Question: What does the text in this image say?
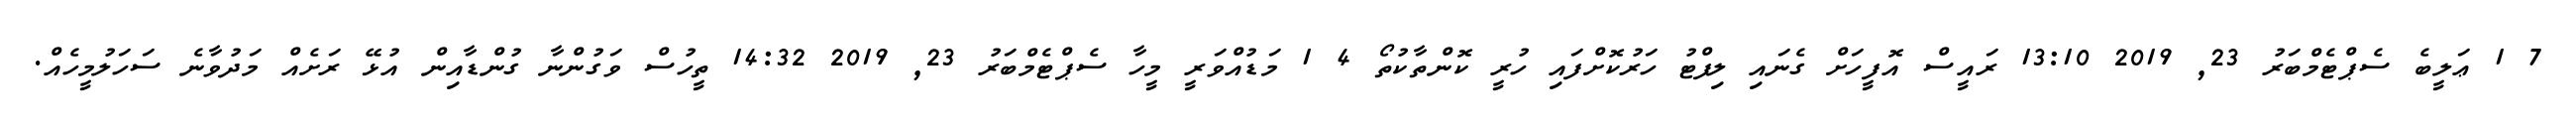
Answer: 7 1 ޢަލީބެ ސެޕްޓެމްބަރު 23, 2019 13:10 ރައީސް އޮފީހަށް ގެނައި ލިފްޓު ހަރުކޮށްފައި ހުރީ ކޮންތާކުތޯ 4 1 މަޑުއްވަރީ މީހާ ސެޕްޓެމްބަރު 23, 2019 14:32 ތީހުސް ވަގުންނާ ގުންޑާއިން އުޅޭ ރަށެއް މަދުވާނެ ސަހަލުމީހެއް.